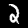
Label: 2